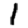
Digit: 1